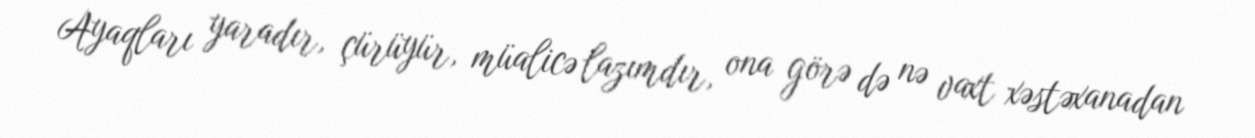
Ayaqları yaradır, çürüyür, müalicə lazımdır, ona görə də nə vaxt xəstəxanadan